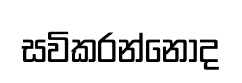
සවිකරන්නෝද